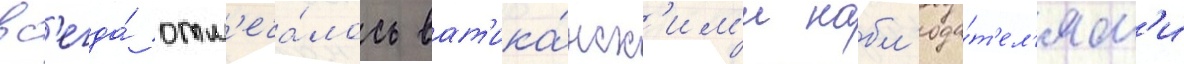
вс'егда́ отм'еча́лось ват'ика́нск'им'и набл'юда́т'ел'ям'и